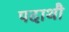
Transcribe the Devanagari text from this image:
पदाथौ